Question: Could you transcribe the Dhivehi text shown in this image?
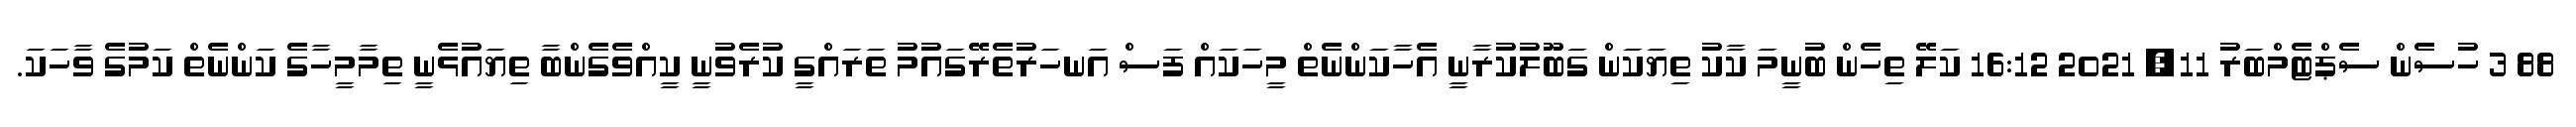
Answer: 88 3 ހުސެން ސެޕްޓެމްބަރު 11, 2021 16:12 ކަލޭ ތިހެން ބުނީމަ ކާކު ތިޔަކަން ގަބޫލުކުރާނީ އެހާކަންނެތް މީހަކައް ފަސް އަނހަރުތެރޭގައުމު ތަރައްގީ ކުރެވުނީ ކީއްވެގެންބާ ތިޔައުޅެނީ ތިމާމީހާގެ ކަންނެތް ކަމުގެ ވާހަކަ.